Civil Veterinary Department Bihar & Orissa reports 1911-21 - 1911-1921
Year: 1911
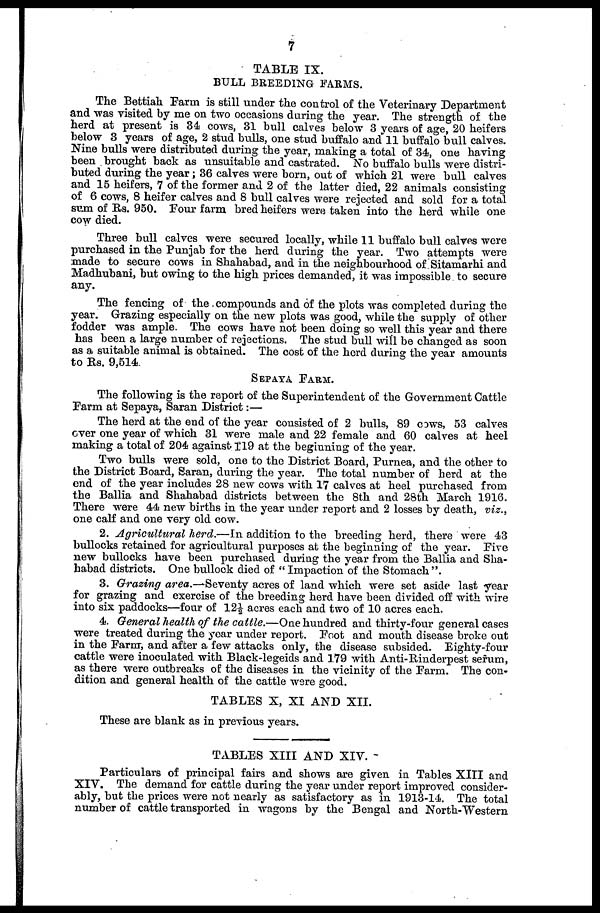
7
TABLE IX.
BULL BREEDING FARMS.
The Bettiah Farm is still under the control of the Veterinary Department
and was visited by me on two occasions during the year. The strength of the
herd at present is 34 cows, 31 bull calves below 3 years of age, 20 heifers
below 3 years of age, 2 stud bulls, one stud buffalo and 11 buffalo bull calves.
Nine bulls were distributed during the year, making a total of 34, one having
been brought back as unsuitable and castrated. No buffalo bulls were distri-
buted during the year; 36 calves were born, out of which 21 were bull calves
and 15 heifers, 7 of the former and 2 of the latter died, 22 animals consisting
of 6 cows, 8 heifer calves and 8 bull calves were rejected and sold for a total
sum of Rs. 950. Four farm bred heifers were taken into the herd while one
cow died.
Three bull calves were secured locally, while 11 buffalo bull calves were
purchased in the Punjab for the herd during the year. Two attempts were
made to secure cows in Shahabad, and in the neighbourhood of Sitamarhi and
Madhubani, but owing to the high prices demanded, it was impossible to secure
any.
The fencing of the compounds and of the plots was completed during the
year. Grazing especially on the new plots was good, while the supply of other
fodder was ample. The cows have not been doing so well this year and there
has been a large number of rejections. The stud bull will be changed as soon
as a suitable animal is obtained. The cost of the herd during the year amounts
to Rs. 9,514.
SEPAYA FARM.
The following is the report of the Superintendent of the Government Cattle
Farm at Sepaya, Saran District:—
The herd at the end of the year consisted of 2 bulls, 89 COWS, 53 calves
over one year of which 31 were male and 22 female and 60 calves at heel
making a total of 204 against 119 at the beginning of the year.
Two bulls were sold, one to the District Board, Purnea, and the other to
the District Board, Saran, during the year. The total number of herd at the
end of the year includes 28 new cows with 17 calves at heel purchased from
the Ballia and Shahabad districts between the 8th and 28th March 1916.
There were 44 new births in the year under report and 2 losses by death, viz.,
one calf and one V6ry old cow.
2. Agricultural herd.—In addition to the breeding herd, there were 43
bullocks retained for agricultural purposes at the beginning of the year. Five
new bullocks have been purchased during the year from the Ballia and Sha-
habad districts. One bullock died of " Impaction of the Stomach".
3. Grazing area.—Seventy acres of land which were set aside last year
for grazing and exercise of the breeding herd have been divided off with wire
into six paddocks—four of 12½ acres each and two of 10 acres each.
4. General health of the cattle.—One hundred and thirty-four general cases
were treated during the year under report. Foot and mouth disease broke out
in the Farm, and after a few attacks only, the disease subsided. Eighty-four
cattle were inoculated with Black-legeids and 179 with Anti-Rinderpest serum,
as there were outbreaks of the diseases in the vicinity of the Farm. The con-
dition and general health of the cattle were good.
TABLES X, XI AND XII.
These are blank as in previous years.
TABLES XIII AND XIV.
Particulars of principal fairs and shows are given in Tables XIII and
XIV. The demand for cattle during the year under report improved consider-
ably, but the prices were not nearly as satisfactory as in 1913-14. The total
number of cattle transported in wagons by the Bengal and North-Western